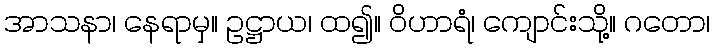
အာသနာ၊ နေရာမှ။ ဥဋ္ဌာယ၊ ထ၍။ ဝိဟာရံ၊ ကျောင်းသို့။ ဂတော၊